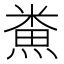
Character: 𪹦